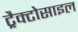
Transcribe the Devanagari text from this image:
ट्रैक्टोसाइल